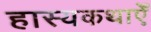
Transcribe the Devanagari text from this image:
हास्यकथाएँ